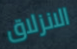
الانزلاق